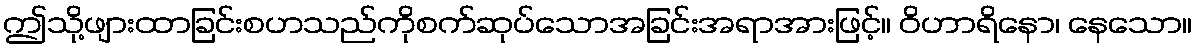
ဤသို့ဖျားထာခြင်းစဟသည်ကိုစက်ဆုပ်သောအခြင်းအရာအားဖြင့်။ ဝိဟာရိနော၊ နေသော။